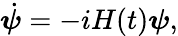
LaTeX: \begin{array}{r}{\dot{\boldsymbol{\psi}}=-iH(t)\boldsymbol{\psi},}\end{array}